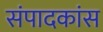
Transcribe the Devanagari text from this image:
संपादकांस